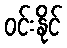
ဝင်းနိုင်